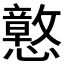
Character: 𫻙